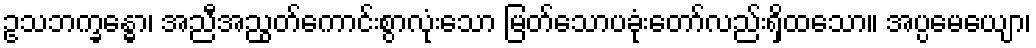
ဥသဘက္ခန္ဓော၊ အညီအညွတ်ကောင်းစွာလုံးသော မြတ်သောပခုံးတော်လည်းရှိထသော။ အပ္ပမေယျော၊